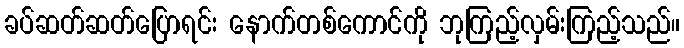
ခပ်ဆတ်ဆတ်ပြောရင်း နောက်တစ်ကောင်ကို ဘုကြည့်လှမ်းကြည့်သည်။